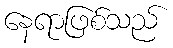
နေရာဖြစ်သည်